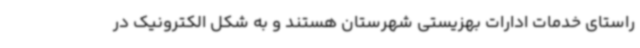
راستای خدمات ادارات بهزیستی شهرستان هستند و ‌به شکل الکترونیک‌ در